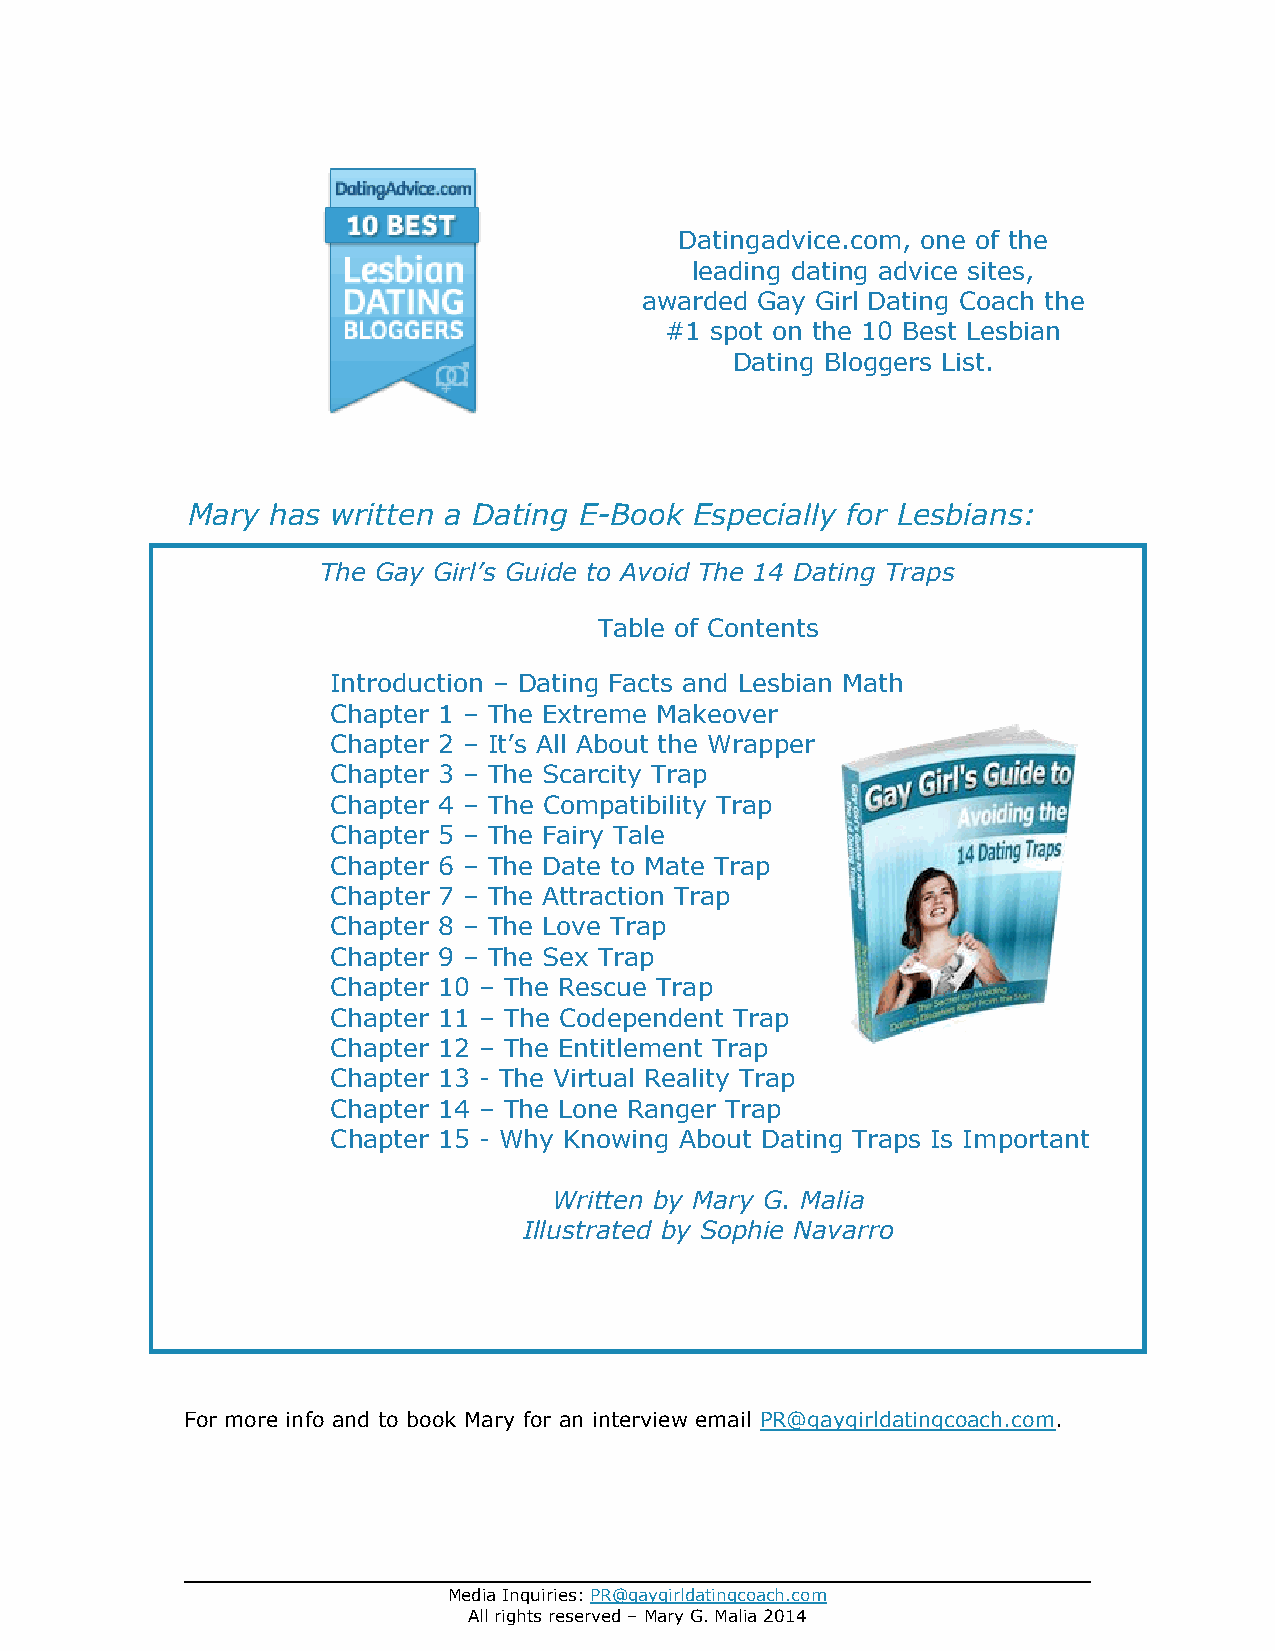
Datingadvice.com, one of the
 leading dating advice sites,
 awarded Gay Girl Dating Coach the
 #1 spot on the 10 Best Lesbian
 Dating Bloggers List.
 Mary  has written a Dating E-Book Especially for Lesbians:
 The Gay Girl’s Guide to Avoid The 14 Dating Traps
 Table of Contents
 Introduction – Dating Facts and Lesbian Math
 Chapter 1 – The Extreme Makeover
 Chapter 2 – It’s All About the Wrapper
 Chapter 3 – The Scarcity Trap
 Chapter 4 – The Compatibility Trap
 Chapter 5 – The Fairy Tale
 Chapter 6 – The Date to Mate Trap
 Chapter 7 – The Attraction Trap
 Chapter 8 – The Love Trap
 Chapter 9 – The Sex Trap
 Chapter 10 – The Rescue Trap
 Chapter 11 – The Codependent Trap
 Chapter 12 – The Entitlement Trap
 Chapter 13 - The Virtual Reality Trap
 Chapter 14 – The Lone Ranger Trap
 Chapter 15 - Why Knowing About Dating Traps Is Important
 Written by Mary G. Malia
 Illustrated by Sophie Navarro
 For more info and to book Mary for an interview email PR@gaygirldatingcoach.com.
 Media Inquiries: PR@gaygirldatingcoach.com
 All rights reserved – Mary G. Malia 2014